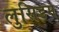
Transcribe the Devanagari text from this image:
लुसिडम